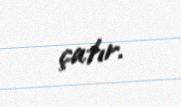
çatır.